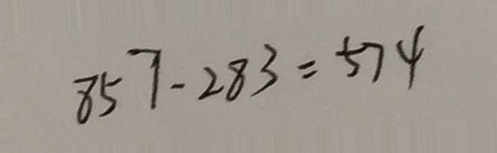
8 5 7 - 2 8 3 = 5 7 4